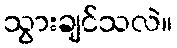
သွားချင်သလဲ။